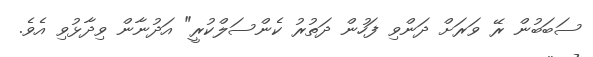
ސަބަބުން ރޭ ވަރަށް ދަންވި ފަހުން ދަތުރު ކެންސަލްކުރީ" އަދުނާން ވިދާޅުވި އެވެ.